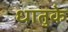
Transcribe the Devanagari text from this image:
धातुके